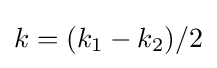
k=(k_{1}-k_{2})/2